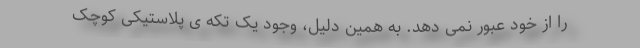
را از خود عبور نمی دهد. به همین دلیل، وجود یک تکه ی پلاستیکی کوچک